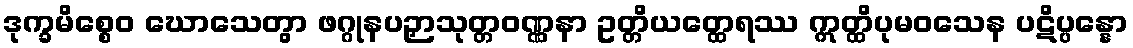
ဒုက္ခမိစ္စေဝ ဃောသေတွာ ဖဂ္ဂုနပဉှာသုတ္တဝဏ္ဏနာ ဥတ္တိယတ္ထေရဿ ဣတ္ထိပုမဝသေန ပဋိပ္ပန္နော